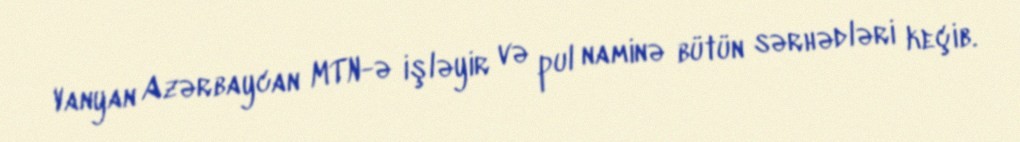
Vanyan Azərbaycan MTN-ə işləyir və pul naminə bütün sərhədləri keçib.